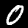
Label: 0